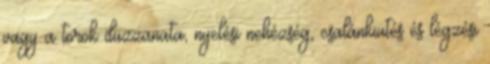
vagy a torok duzzanata, nyelési nehézség, csalánkiütés és légzési